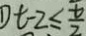
D t - 2 \leq \frac { t } { 2 }